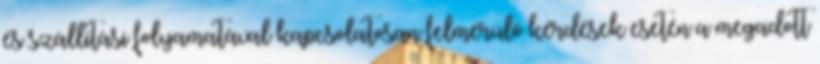
és szállítási folyamatával kapcsolatosan felmerülő kérdések esetén a megadott